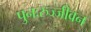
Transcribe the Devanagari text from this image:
पुनःरुज्जीवन